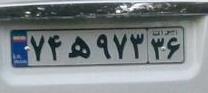
۷۴ه۹۷۳۳۶